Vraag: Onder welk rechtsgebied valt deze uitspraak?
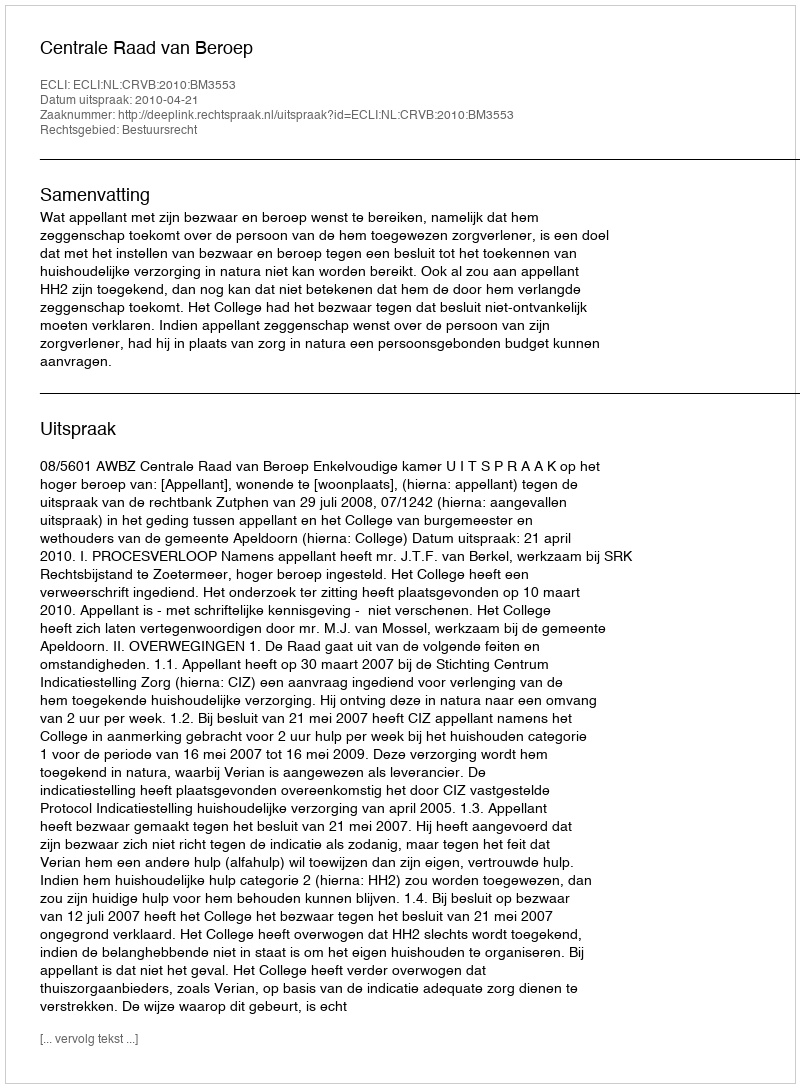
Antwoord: Bestuursrecht